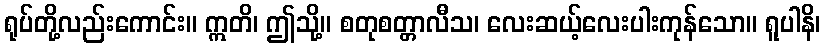
ရုပ်တို့လည်းကောင်း။ ဣတိ၊ ဤသို့။ စတုစတ္တာလီသ၊ လေးဆယ့်လေးပါးကုန်သော။ ရူပါနိ၊